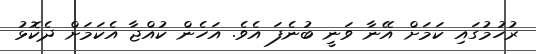
ރުހުމުގައި ކަމަށް އޭނާ ވަނީ ބުނެފަ އެވެ. އަހެން ކުއްޖާ އެކަމަށް ދެކޮޅު